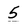
Character: 5